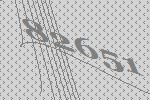
82651